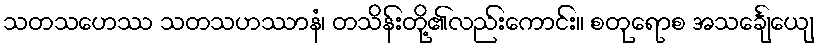
သတသဟေဿ သတသဟဿာနံ၊ တသိန်းတို့၏လည်းကောင်း။ စတုရောစ အသင်္ချေယျေ